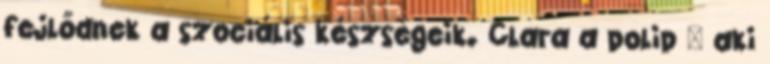
fejlődnek a szociális készségeik. Clara a polip – aki